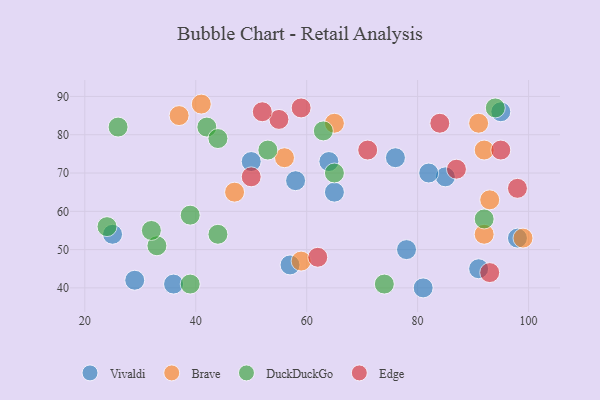
{"axis": {"x": "GDP", "y": "Life Expectancy"}, "legend": ["Brave", "DuckDuckGo", "Edge", "Vivaldi"], "data": [{"x": "64", "y": 73, "type": "Vivaldi"}, {"x": "81", "y": 40, "type": "Vivaldi"}, {"x": "95", "y": 86, "type": "Vivaldi"}, {"x": "50", "y": 73, "type": "Vivaldi"}, {"x": "58", "y": 68, "type": "Vivaldi"}, {"x": "98", "y": 53, "type": "Vivaldi"}, {"x": "25", "y": 54, "type": "Vivaldi"}, {"x": "65", "y": 65, "type": "Vivaldi"}, {"x": "85", "y": 69, "type": "Vivaldi"}, {"x": "57", "y": 46, "type": "Vivaldi"}, {"x": "29", "y": 42, "type": "Vivaldi"}, {"x": "36", "y": 41, "type": "Vivaldi"}, {"x": "76", "y": 74, "type": "Vivaldi"}, {"x": "82", "y": 70, "type": "Vivaldi"}, {"x": "91", "y": 45, "type": "Vivaldi"}, {"x": "78", "y": 50, "type": "Vivaldi"}, {"x": "92", "y": 76, "type": "Brave"}, {"x": "41", "y": 88, "type": "Brave"}, {"x": "56", "y": 74, "type": "Brave"}, {"x": "92", "y": 54, "type": "Brave"}, {"x": "37", "y": 85, "type": "Brave"}, {"x": "99", "y": 53, "type": "Brave"}, {"x": "93", "y": 63, "type": "Brave"}, {"x": "91", "y": 83, "type": "Brave"}, {"x": "59", "y": 47, "type": "Brave"}, {"x": "47", "y": 65, "type": "Brave"}, {"x": "65", "y": 83, "type": "Brave"}, {"x": "63", "y": 81, "type": "DuckDuckGo"}, {"x": "53", "y": 76, "type": "DuckDuckGo"}, {"x": "33", "y": 51, "type": "DuckDuckGo"}, {"x": "39", "y": 41, "type": "DuckDuckGo"}, {"x": "42", "y": 82, "type": "DuckDuckGo"}, {"x": "94", "y": 87, "type": "DuckDuckGo"}, {"x": "24", "y": 56, "type": "DuckDuckGo"}, {"x": "74", "y": 41, "type": "DuckDuckGo"}, {"x": "44", "y": 79, "type": "DuckDuckGo"}, {"x": "92", "y": 58, "type": "DuckDuckGo"}, {"x": "32", "y": 55, "type": "DuckDuckGo"}, {"x": "65", "y": 70, "type": "DuckDuckGo"}, {"x": "44", "y": 54, "type": "DuckDuckGo"}, {"x": "39", "y": 59, "type": "DuckDuckGo"}, {"x": "26", "y": 82, "type": "DuckDuckGo"}, {"x": "55", "y": 84, "type": "Edge"}, {"x": "93", "y": 44, "type": "Edge"}, {"x": "71", "y": 76, "type": "Edge"}, {"x": "98", "y": 66, "type": "Edge"}, {"x": "50", "y": 69, "type": "Edge"}, {"x": "52", "y": 86, "type": "Edge"}, {"x": "62", "y": 48, "type": "Edge"}, {"x": "95", "y": 76, "type": "Edge"}, {"x": "84", "y": 83, "type": "Edge"}, {"x": "59", "y": 87, "type": "Edge"}, {"x": "87", "y": 71, "type": "Edge"}]}